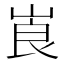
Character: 崀